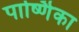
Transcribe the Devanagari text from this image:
पार्ष्णिका